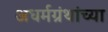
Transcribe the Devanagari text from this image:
अधर्मग्रंथांच्या